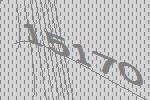
15170